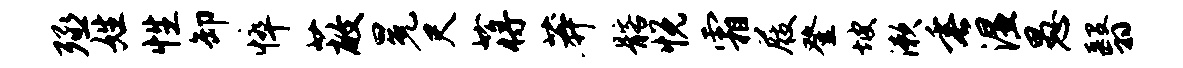
殛姓性卸悴蔽冕尺蒋莽髂悦霜屐登坡漱垂湿愚翳